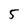
Character: 5